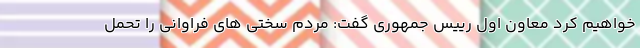
خواهیم کرد معاون اول رییس جمهوری گفت: مردم سختی های فراوانی را تحمل